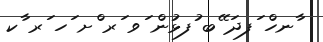
ާނހް ަފދަ ޭބ ުފޅުން ަވ ަރ ްށ ަހ ަރ ާކ